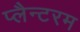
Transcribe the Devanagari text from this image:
प्लैन्टरम